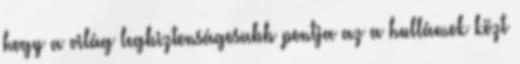
hogy a világ legbiztonságosabb pontja az a hullámok közt